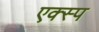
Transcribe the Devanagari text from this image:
एक्स्प